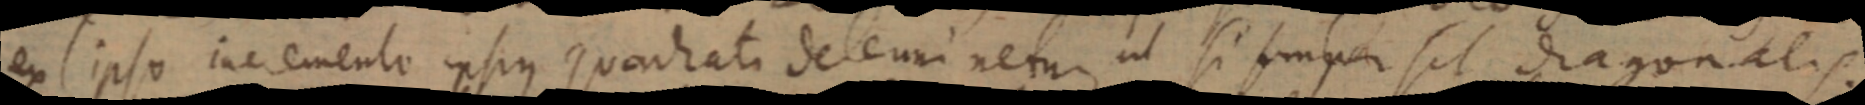
ex ipso ine emento ipsius quadhati deleum netur ut si semper sit diagonalis.